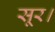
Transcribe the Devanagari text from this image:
सूर।